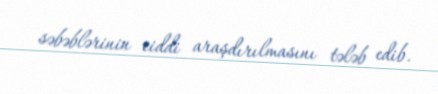
səbəblərinin ciddi araşdırılmasını tələb edib.